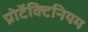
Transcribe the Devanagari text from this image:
प्रोटॅक्टिनियम